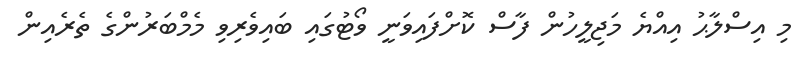
މި އިސްލާޙު އިއްޔެ މަޖިލީހުން ފާސް ކޮށްފައިވަނީ ވޯޓުގައި ބައިވެރިވި މެމްބަރުންގެ ތެރެއިން